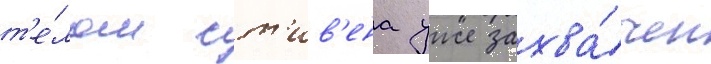
т'е́лом ст'ив'ена уже захва́чен